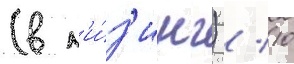
(в л'и́з'инг) / 10